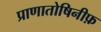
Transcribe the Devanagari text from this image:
प्राणातोषिनीफ़